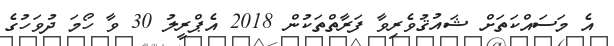
އެ މަސައްކަތަށް ޝައުޤުވެރިވާ ފަރާތްތަކުން 2018 އެޕްރީލު 30 ވާ ހޯމަ ދުވަހުގެ